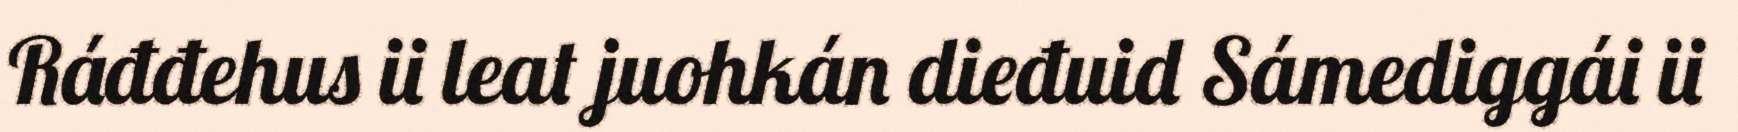
Ráđđehus ii leat juohkán dieđuid Sámediggái ii